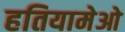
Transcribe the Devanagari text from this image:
हतियामेओ